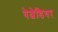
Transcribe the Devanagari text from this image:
बेल्वेडियर